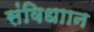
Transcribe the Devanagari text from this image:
संविधाान